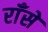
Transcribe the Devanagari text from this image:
राँसे